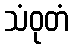
သံဝုတံ